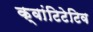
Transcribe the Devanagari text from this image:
क्वांटिटेटिव